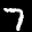
Label: 7